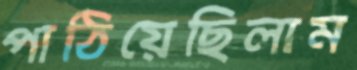
পাঠিয়েছিলাম